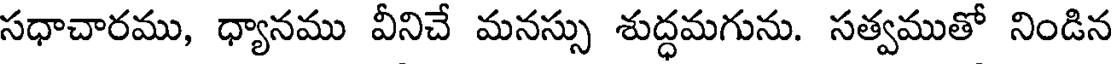
సధాచారము, ధ్యానము వీనిచే మనస్సు శుద్ధమగును. సత్వముతో నిండిన